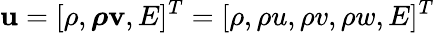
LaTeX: \mathbf{u}=[\rho,\boldsymbol{\rho}\mathbf{v},E]^{T}=[\rho,\rho u,\rho v,\rho w,E]^{T}